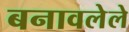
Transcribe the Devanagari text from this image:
बनावलेले